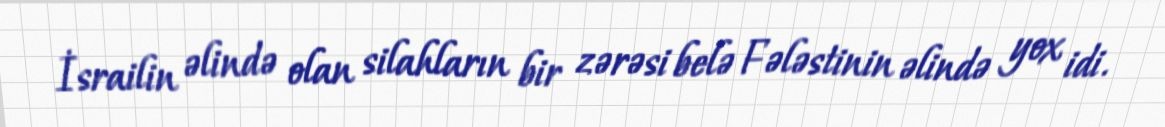
İsrailin əlində olan silahların bir zərəsi belə Fələstinin əlində yox idi.